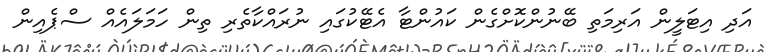
އަދި އިޓަލީން އަރިމަތި ބޭނުންކޮށްގެން ކައުންޓާ އެޓޭކުގައި ނުރައްކާތެރި ތިން ހަމަލައެއް ސްޕެއިން